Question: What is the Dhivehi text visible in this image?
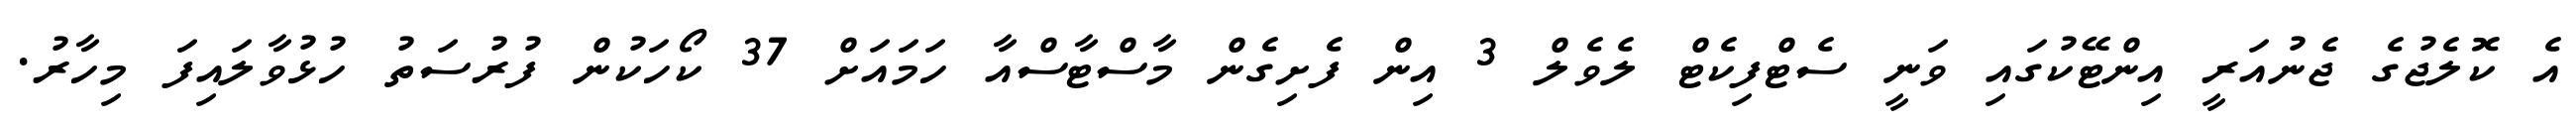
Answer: އެ ކޮލެޖުގެ ޖެނުއަރީ އިންޓޭކުގައި ވަނީ ސެޓްފިކެޓް ލެވެލް 3 އިން ފެށިގެން މާސްޓާސްއާ ހަމައަށް 37 ކޯހަކުން ފުރުސަތު ހުޅުވާލައިފަ މިހާރު.